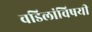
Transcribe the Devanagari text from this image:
वडिलांविषयी